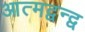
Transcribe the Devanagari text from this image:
आत्मद्वन्द्व